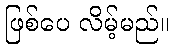
ဖြစ်ပေ လိမ့်မည်။